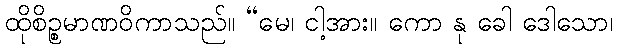
ထိုစိဉ္စမာဏဝိကာသည်။ “မေ၊ ငါ့အား။ ကော နု ခေါ ဒေါသော၊